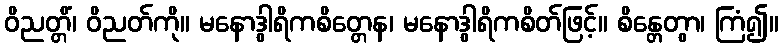
ဝိညတ္တိံ၊ ဝိညတ်ကို။ မနောဒွါရိကစိတ္တေန၊ မနောဒွါရိကစိတ်ဖြင့်။ စိန္တေတွာ၊ ကြံ၍။